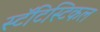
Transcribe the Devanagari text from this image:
स्टॅटिस्टिकल